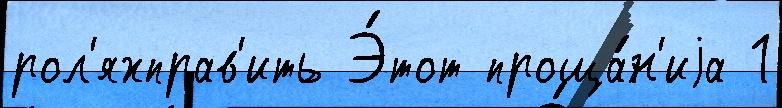
рол'яхправ'ить Э́тот проща́н'иjа 1